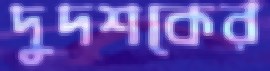
দুদশকের